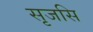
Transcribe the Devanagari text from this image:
सृजसि